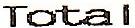
TOTAL